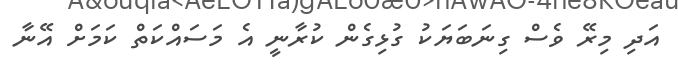
އަދި މިރޭ ވެސް ގިނަބަޔަކު ގުޅިގެން ކުރާނީ އެ މަސައްކަތް ކަމަށް އޭނާ